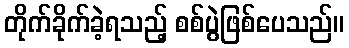
တိုက်ခိုက်ခဲ့ရသည့် စစ်ပွဲဖြစ်ပေသည်။